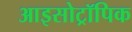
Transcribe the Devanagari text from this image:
आइसोट्रॉपिक